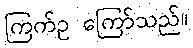
ကြက်ဥ ကြော်သည်။